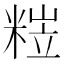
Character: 𥺺